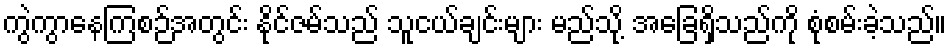
ကွဲကွာနေကြစဉ်အတွင်း နိုင်ဇမ်သည် သူငယ်ချင်းများ မည်သို့ အခြေရှိသည်ကို စုံစမ်းခဲ့သည်။